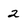
Character: 2